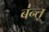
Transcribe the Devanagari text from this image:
ब॑न्त